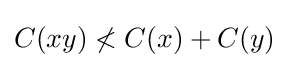
C(xy)\not <C(x)+C(y)